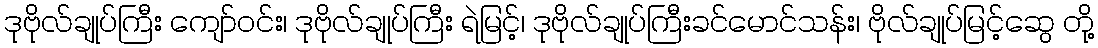
ဒုဗိုလ်ချုပ်ကြီး ကျော်ဝင်း၊ ဒုဗိုလ်ချုပ်ကြီး ရဲမြင့်၊ ဒုဗိုလ်ချုပ်ကြီးခင်မောင်သန်း၊ ဗိုလ်ချုပ်မြင့်ဆွေ တို့